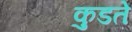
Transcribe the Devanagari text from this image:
कुडते